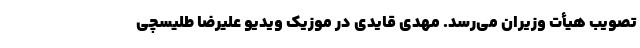
تصویب هیأت وزیران می­رسد. مهدی قایدی در موزیک ویدیو علیرضا طلیسچی